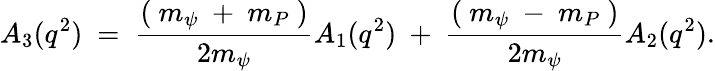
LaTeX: A_{3}(q^{2})~=~\frac{(~m_{\psi}~+~m_{P}~)}{2m_{\psi}}A_{1}(q^{2})~+~\frac{(~m_{\psi}~-~m_{P}~)}{2m_{\psi}}A_{2}(q^{2}).